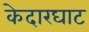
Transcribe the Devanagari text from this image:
केदारघाट